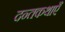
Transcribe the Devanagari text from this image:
दन्तकथाएँ